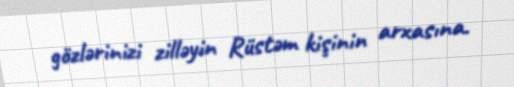
gözlərinizi zilləyin Rüstəm kişinin arxasına.